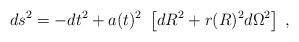
LaTeX: \begin{align*}ds^2 = -dt^2 + a(t)^2~ \left[ dR^2 + r(R)^2 d\Omega^2 \right] \;, \end{align*}